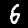
Label: 6